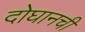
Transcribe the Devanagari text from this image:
दोघानची